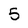
Character: 5